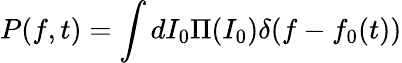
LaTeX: P(f,t)=\int dI_{0}\Pi(I_{0})\delta(f-f_{0}(t))